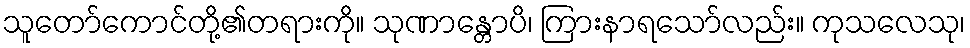
သူတော်ကောင်တို့၏တရားကို။ သုဏာန္တောပိ၊ ကြားနာရသော်လည်း။ ကုသလေသု၊